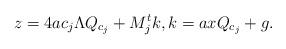
LaTeX: \begin{align*}z=4ac_j\Lambda Q_{c_j}+M_j^tk,k=axQ_{c_j}+g.\end{align*}